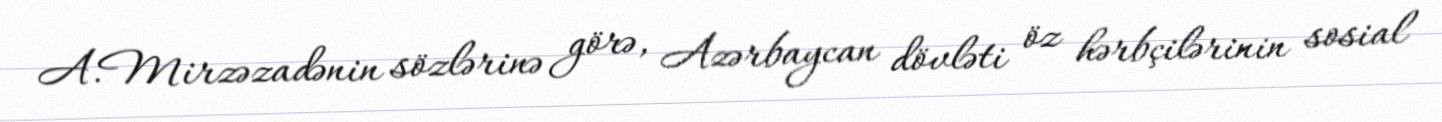
A.Mirzəzadənin sözlərinə görə, Azərbaycan dövləti öz hərbçilərinin sosial